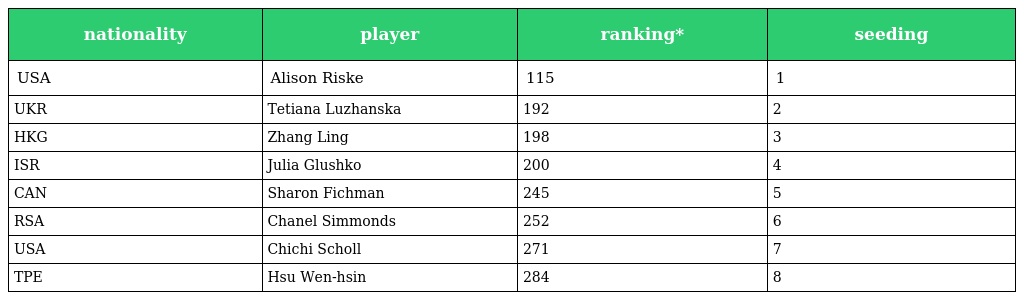
| nationality | player | ranking* | seeding |
 | --- | --- | --- | --- |
 | USA | Alison Riske | 115 | 1 |
 | UKR | Tetiana Luzhanska | 192 | 2 |
 | HKG | Zhang Ling | 198 | 3 |
 | ISR | Julia Glushko | 200 | 4 |
 | CAN | Sharon Fichman | 245 | 5 |
 | RSA | Chanel Simmonds | 252 | 6 |
 | USA | Chichi Scholl | 271 | 7 |
 | TPE | Hsu Wen-hsin | 284 | 8 |